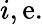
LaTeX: i,\mathrm{e}.